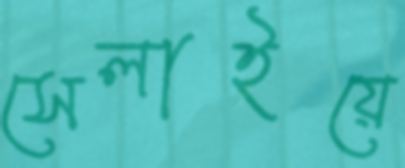
সেলাইয়ে